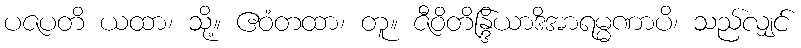
ပဇပတိ ယထာ၊ သို့။ ဧဝံတထာ၊ တူ။ ဇီဝိတိန္ဒြိယာဒိအာရမ္မဏာပိ၊ သည်လျှင်